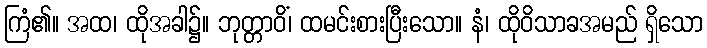
ကြံ၏။ အထ၊ ထိုအခါ၌။ ဘုတ္တာဝိံ၊ ထမင်းစားပြီးသော။ နံ၊ ထိုဝိသာခအမည် ရှိသော